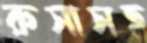
রুসাসহ